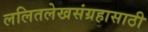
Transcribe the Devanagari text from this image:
ललितलेखसंग्रहासाठी